Vaccine operations Central Provinces & Berar 1912-1920 - 1912-1920
Year: 1912
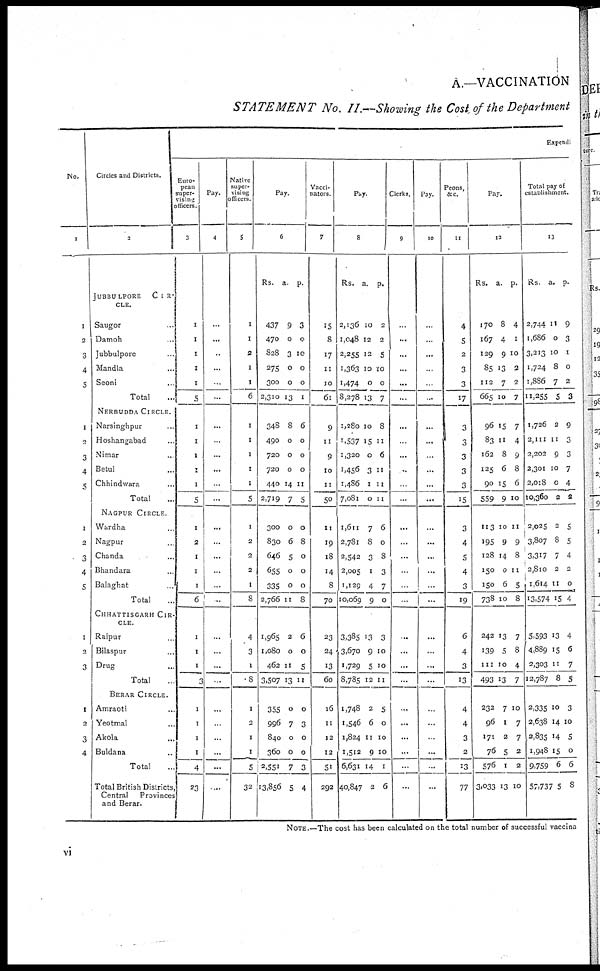
A.—VACCINATION
STATEMENT No. II.—Showing the Cost of the Department
No.
1
1
2
3
4
5
1
2
3
4
5
1
2
3
4
5
1
2
3
1
2
3
4
Circles and Districts.
2
JUBBULPORE
CIR¬
CLE.
Saugor...
Damoh...
Jubbulpore...
Mandla...
Seoni...
Total...
NERBUDDA CIRCLE.
Narsinghpur...
Hoshangabad...
Nimar...
Betul...
Chhindwara...
Total...
NAGPUR CIRCLE.
Wardha...
Nagpur...
Chanda...
Bhandara...
Balaghat...
Total...
CHHATTISGARH CIR-
---.
Raipur...
Bilaspur...
Drug...
Total...
BERAR CIRCLE.
Amraoti...
Yeotmal...
Akola...
Buldana...
Total...
Total British Districts,
Central Provinces
and Berar.
Expendi
Euro-
pean
super-
vising
officers.
3
1
1
1
1
1
5
1
1
1
1
1
5
1
2
1
1
1
6
1
1
1
3
1
1
1
1
4
23
Pay.
4
...
...
..
...
...
...
...
...
...
...
...
...
...
...
...
...
...
...
...
...
...
...
...
...
...
...
...
....
Native
super-
vising
officers.
5
1
1
2
1
1
6
1
1
1
1
1
5
1
2
2
2
1
8
4
3
1
8
1
2
1
1
5
32
Pay.
6
Rs.
437
470
828
275
300
2,310
a.
9
0
3
0
0
13
p.
3
0
10
0
0
1
348
490
720
720
440
2,719
8
0
0
0
14
7
6
0
0
0
11
5
300
830
646
655
335
2,766
0
6
5
0
0
11
0
8
0
0
0
8
1,965
1,080
462
3,507
2
0
11
13
6
0
5
11
355
996
840
360
2,551
13,856
0
7
0
0
7
5
0
3
0
0
3
4
Vacci¬
nators.
7
15
8
17
11
10
61
9
11
9
10
11
50
11
19
18
14
8
70
23
24
13
60
16
11
12
12
51
292
Pay.
8
Rs.
2,136
1,048
2,255
1,363
1,474
8,278
a.
10
12
12
10
0
13
p.
2
2
5
10
0
7
1,280
1,537
1,320
1,456
1,486
7,081
10
15
0
3
1
0
8
11
6
11
11
11
1,611
2,781
2,542
2,005
1,129
10,069
7
8
3
1
4
9
6
0
8
3
7
0
3,385
3,670
1,729
8,785
13
9
5
12
3
10
10
11
1,748
1,546
1,824
1,512
6,631
40,847
2
6
11
9
14
2
5
0
10
10
1
6
Clerks.
9
...
...
...
...
...
...
...
...
...
...
...
...
...
...
...
...
...
...
...
...
...
...
...
...
...
...
...
...
Pay.
10
...
...
...
...
...
...
...
...
...
...
...
...
...
...
...
...
...
...
...
...
...
...
...
...
...
...
...
...
Peons,
&c.
11
4
5
2
3
3
17
3
3
3
3
3
15
3
4
5
4
3
19
6
4
3
13
4
4
3
2
13
77
Pay.
12
Rs.
170
167
129
85
112
665
a.
8
4
9
13
7
10
p.
4
1
10
3
2
7
96
83
162
125
90
559
15
11
8
6
15
9
7
4
9
8
6
10
113
195
128
150
150
738
10
9
14
0
6
10
11
9
8
11
5
8
242
139
111
493
13
5
10
13
7
8
4
7
232
96
171
76
576
3,033
7
1
2
5
1
13
10
7
7
2
2
10
Total pay of
establishment.
13
Rs.
2,744
1,686
3,213
1,724
1,886
11,255
a.
11
0
10
8
7
5
p.
9
3
1
0
2
3
1,726
2,111
2,202
2,301
2,018
10,360
2
11
9
10
0
2
9
3
3
7
4
2
2,025
3,807
3,317
2,810
1,614
13,574
2
8
7
2
11
15
5
5
4
2
0
4
5,593
4,889
2,303
12,787
13
15
11
8
4
6
7
5
2,335
2,638
2,835
1,948
9,759
57,737
10
14
14
15
6
5
3
10
5
0
6
8
NOTE.—The cost has been calculated on the total number of successful vaccina
vi